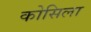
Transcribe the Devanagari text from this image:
कोसिला